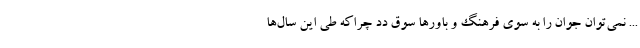
... نمی‌توان جوان را به سوی فرهنگ و باورها سوق دد چراکه طی این سال‌ها